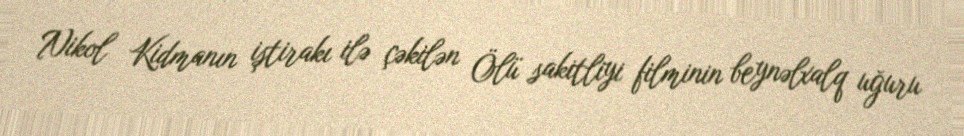
Nikol Kidmanın iştirakı ilə çəkilən Ölü sakitliyi filminin beynəlxalq uğuru